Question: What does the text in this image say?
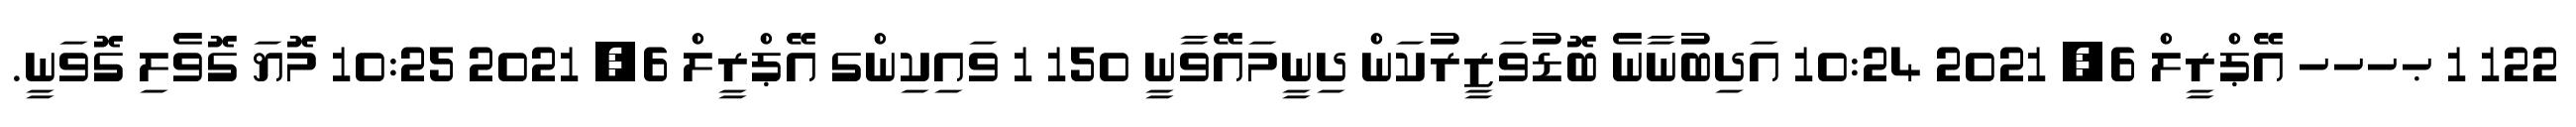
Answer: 122 1 ޙހހހ އޭޕްރީލް 6, 2021 10:24 އަދިބުނާނެ ބޮޑުވަޒީރުކަން ދިނީމައޭވާނީ 150 1 ވައިކިންގ އޭޕްރީލް 6, 2021 10:25 މޮޔަ ގޮވެލި ގޮވަނީ.